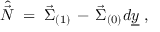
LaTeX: \hat { \vec { \cal N } } \; = \; \vec { \Sigma } _ { ( 1 ) } \, - \, \vec { \Sigma } _ { ( 0 ) } d \underline { { { y } } } \; ,